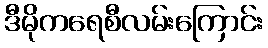
ဒီမိုကရေစီလမ်းကြောင်း